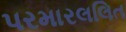
પરમારલલિત